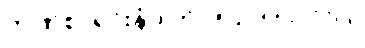
ဘဏ်စာရင်းနံပါတ် 001-99887766